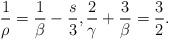
LaTeX: \begin{align*}\frac{1}{\rho}=\frac{1}{\beta}-\frac{s}{3}, \frac{2}{\gamma}+\frac{3}{\beta}=\frac{3}{2}.\end{align*}